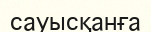
сауысқанға